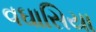
વઘાસિયા